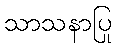
သာသနာပြု